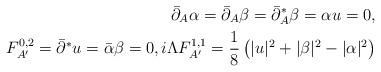
LaTeX: \begin{align*} \bar{\partial}_{A} \alpha = \bar{\partial}_{A} \beta = \bar{\partial}_{A}^{*} \beta = \alpha u = 0 , \\ F_{A'}^{0,2} = \bar{\partial}^{*} u = \bar{\alpha}\beta = 0 , i \Lambda F_{A'}^{1,1} = \frac{1}{8} \left( |u |^2 + |\beta|^2 - |\alpha|^2 \right)\end{align*}